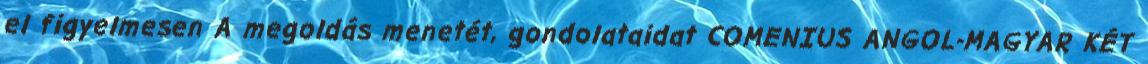
el figyelmesen A megoldás menetét, gondolataidat COMENIUS ANGOL-MAGYAR KÉT